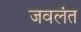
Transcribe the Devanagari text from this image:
जवलंत